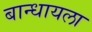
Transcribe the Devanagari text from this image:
बान्धायला